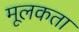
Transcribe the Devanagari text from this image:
मूलकता